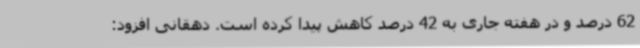
62 درصد و در هفته جاری به 42 درصد کاهش پیدا کرده است. دهقانی افزود: